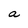
Character: a